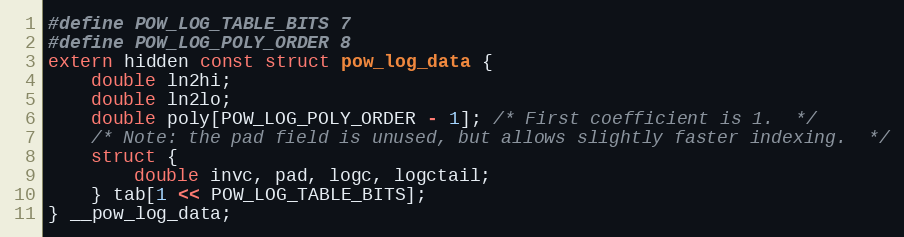
Language: C
#define POW_LOG_TABLE_BITS 7
#define POW_LOG_POLY_ORDER 8
extern hidden const struct pow_log_data {
	double ln2hi;
	double ln2lo;
	double poly[POW_LOG_POLY_ORDER - 1]; /* First coefficient is 1.  */
	/* Note: the pad field is unused, but allows slightly faster indexing.  */
	struct {
		double invc, pad, logc, logctail;
	} tab[1 << POW_LOG_TABLE_BITS];
} __pow_log_data;